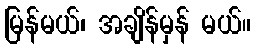
မြန်မယ်၊ အချိန်မှန် မယ်။